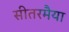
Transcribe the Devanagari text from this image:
सीतरमैया